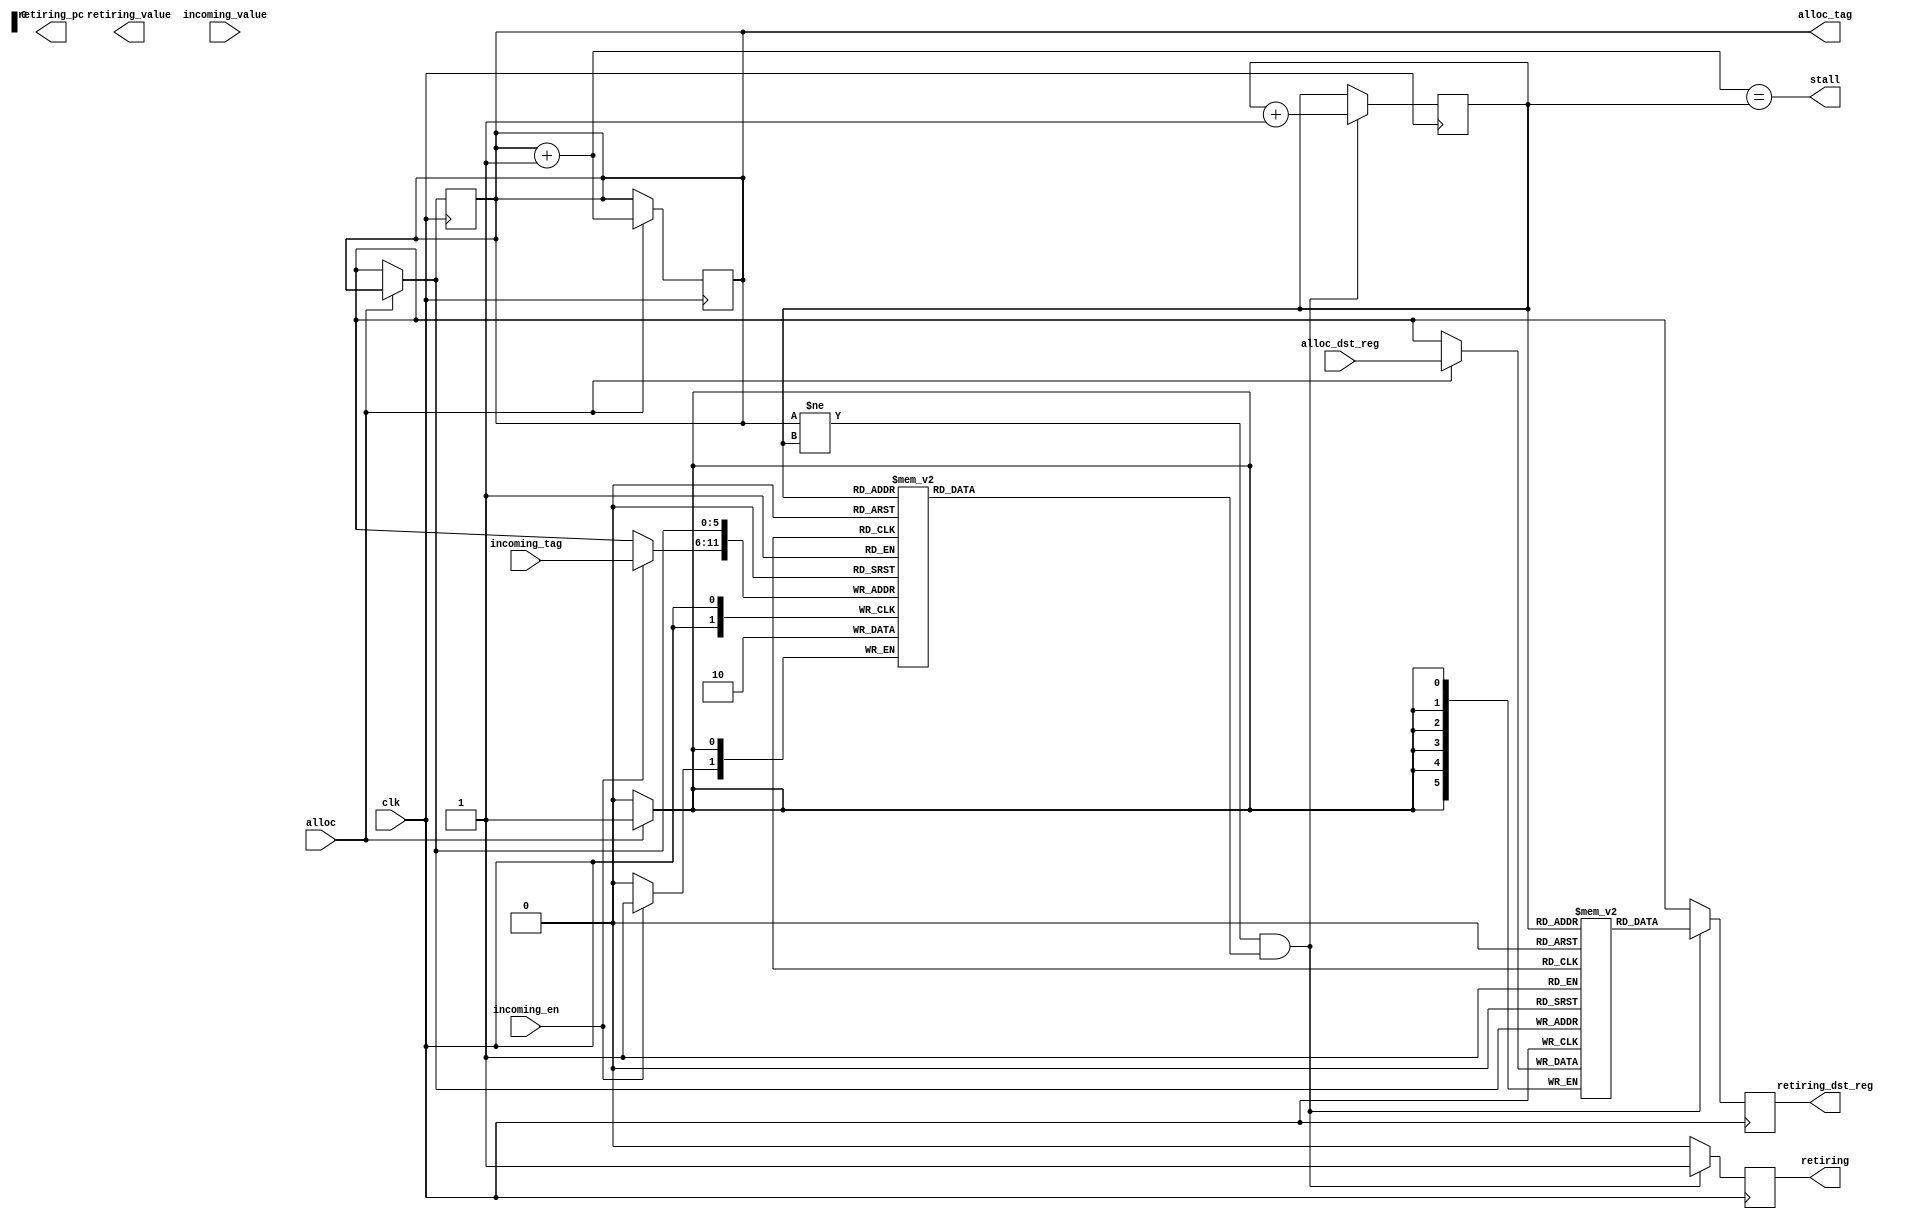
module rob(
	input wire clk,
	
	// destination register, value, pc
	// for retiring instruction
	output wire retiring,
	output wire [REGADDRW-0:0] retiring_dst_reg,
	output wire [DATAW-1:0] retiring_value,
	output wire [DATAW-1:0] retiring_pc,
	
	// It is illegal to allocate when stall is 1
	output wire stall,
	
	// Allocate an entry. receive tag next cycle
	input wire alloc,
	input wire [REGADDRW-0:0] alloc_dst_reg,
	output wire [TAGW-1:0] alloc_tag,
	
	// Attach tag broadcast bus
	input wire incoming_en,
	input wire [TAGW-1:0] incoming_tag,
	input wire [DATAW-1:0] incoming_value
);

parameter DATAW = 32;
parameter REGADDRW = 5;
parameter TAGW = 6;
localparam ENTRIES = 1 << TAGW;
localparam REGCOUNT = 1 << REGADDRW;

reg valids[0:ENTRIES-1];
reg [REGADDRW-0:0] dst_regs[0:ENTRIES-1];
reg [DATAW-1:0] values[0:ENTRIES-1];

reg [TAGW-1:0] alloc_tag_output;
assign alloc_tag = alloc_tag_output;

reg retiring_output;
assign retiring = retiring_output;

reg [TAGW-1:0] head = 'b0;
reg [TAGW-1:0] tail = 'b0;

assign alloc_tag = head;

wire [TAGW-1:0] next_head = head + 1'b1;
assign stall = (next_head == tail);

wire [TAGW-1:0] next_tail = tail + 1'b1;

reg [REGADDRW-0:0] retiring_dst_reg_output;
assign retiring_dst_reg = retiring_dst_reg_output;

reg [DATAW-1:0] retiring_value_output;
assign retiring_value = retiring_value_output;

always @(posedge clk)
begin
	alloc_tag_output <= 'bx;
	
	if (alloc) begin
		// Allocate an entry and provide its tag next cycle
		valids[head] <= 1'b0;
		dst_regs[head] <= alloc_dst_reg;
		alloc_tag_output <= head;
		head <= next_head;
	end
	
	// Capture result value and mark valid
	if (incoming_en) begin
		valids[incoming_tag] <= 1'b1;
		values[incoming_tag] <= incoming_value;
	end
	
	retiring_output <= 1'b0;
	retiring_dst_reg_output <= 'bx;
	
	// Retire an instruction if oldest instruction is valid
	if (head != tail && valids[tail]) begin
		retiring_dst_reg_output <= dst_regs[tail];
		retiring_output <= 1'b1;
		tail <= next_tail;
	end	
end

endmodule
module mob(
	input wire clk,
	
	input wire [TAGW-1:0] issue_tag,
	
	// Search the load buffer for the address
	// next cycle you get stlf_hit result
	input wire load_en,
	input wire [ADDRW-1:0] load_addr,	
	output wire stlf_hit,
	output wire [DATAW-1:0] stlf_data
);

parameter LOG2DATAW = 5;
parameter DATAW = 1 << LOG2DATAW;
parameter ADDRW = 26;
parameter TAGW = 5;
localparam ENTRIES = 1 << TAGW;

reg valids[0:ENTRIES-1];
reg addr_valids[0:ENTRIES-1];
reg [ADDRW-1:0] addrs[0:ENTRIES-1];
reg [1:0] sizes[0:ENTRIES-1];

endmodule